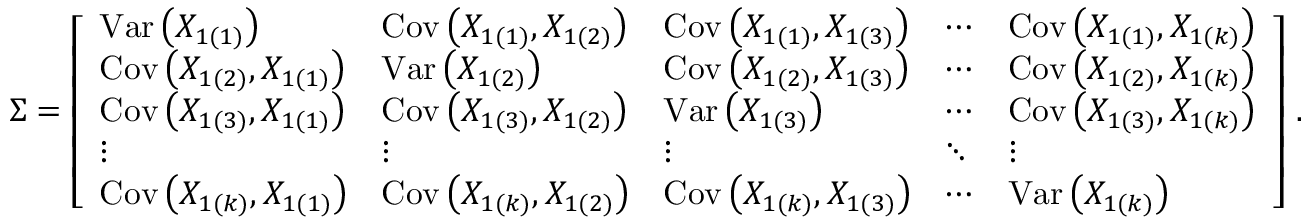
{ \boldsymbol { \Sigma } } = { \left[ \begin{array} { l l l l l } { { \operatorname { V a r } \left( X _ { 1 ( 1 ) } \right) } } & { \operatorname { C o v } \left( X _ { 1 ( 1 ) } , X _ { 1 ( 2 ) } \right) } & { \operatorname { C o v } \left( X _ { 1 ( 1 ) } , X _ { 1 ( 3 ) } \right) } & { \cdots } & { \operatorname { C o v } \left( X _ { 1 ( 1 ) } , X _ { 1 ( k ) } \right) } \\ { \operatorname { C o v } \left( X _ { 1 ( 2 ) } , X _ { 1 ( 1 ) } \right) } & { \operatorname { V a r } \left( X _ { 1 ( 2 ) } \right) } & { \operatorname { C o v } \left( X _ { 1 ( 2 ) } , X _ { 1 ( 3 ) } \right) } & { \cdots } & { \operatorname { C o v } \left( X _ { 1 ( 2 ) } , X _ { 1 ( k ) } \right) } \\ { \operatorname { C o v } \left( X _ { 1 ( 3 ) } , X _ { 1 ( 1 ) } \right) } & { \operatorname { C o v } \left( X _ { 1 ( 3 ) } , X _ { 1 ( 2 ) } \right) } & { \operatorname { V a r } \left( X _ { 1 ( 3 ) } \right) } & { \cdots } & { \operatorname { C o v } \left( X _ { 1 ( 3 ) } , X _ { 1 ( k ) } \right) } \\ { \vdots } & { \vdots } & { \vdots } & { \ddots } & { \vdots } \\ { \operatorname { C o v } \left( X _ { 1 ( k ) } , X _ { 1 ( 1 ) } \right) } & { \operatorname { C o v } \left( X _ { 1 ( k ) } , X _ { 1 ( 2 ) } \right) } & { \operatorname { C o v } \left( X _ { 1 ( k ) } , X _ { 1 ( 3 ) } \right) } & { \cdots } & { \operatorname { V a r } \left( X _ { 1 ( k ) } \right) } \end{array} \right] } ~ .